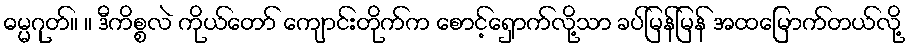
ဓမ္မဂုတ်။ ။ ဒီကိစ္စလဲ ကိုယ်တော် ကျောင်းတိုက်က စောင့်ရှောက်လို့သာ ခပ်မြန်မြန် အထမြောက်တယ်လို့